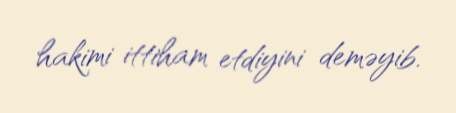
hakimi ittiham etdiyini deməyib.